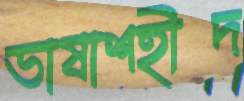
ভাষাশহীদ